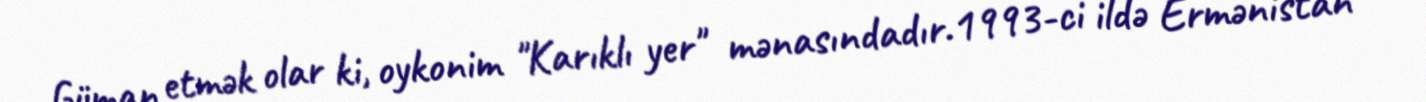
Güman etmək olar ki, oykonim "Karıklı yer" mənasındadır.1993-ci ildə Ermənistan